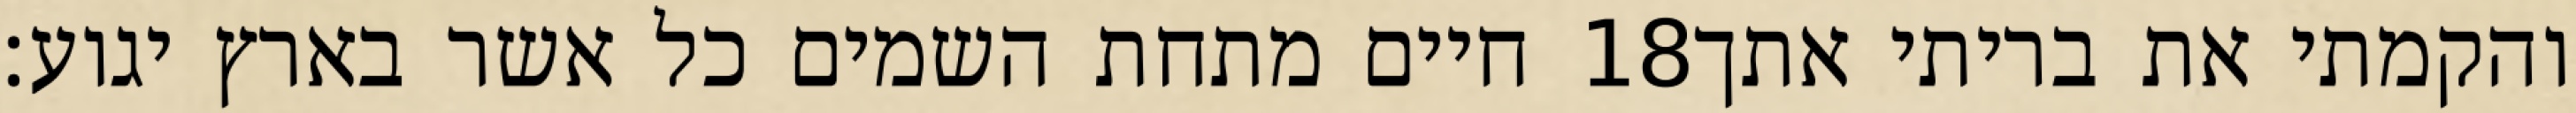
חיים מתחת השמים כל אשר בארץ יגוע׃ ‎18‏ והקמתי את בריתי אתך